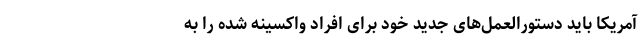
آمریکا باید دستورالعمل‌های جدید خود برای افراد واکسینه شده را به